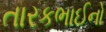
તારકભાઈનો